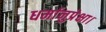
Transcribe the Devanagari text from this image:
धर्मानुप्रेक्षा।